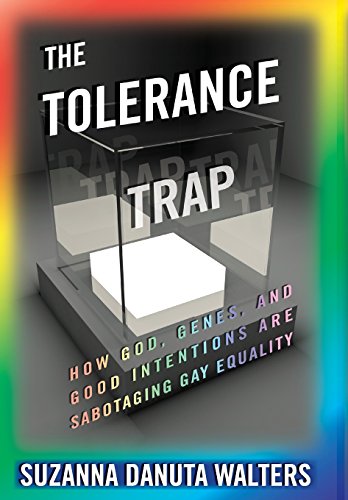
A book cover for The Tolerance Trap: How God, Genes, and Good Intentions are Sabotaging Gay Equality (Intersections); Suzanna Danuta Walters; Gay & Lesbian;